Vaccination in the Punjab 1883-1896 - 1883-1896
Year: 1883
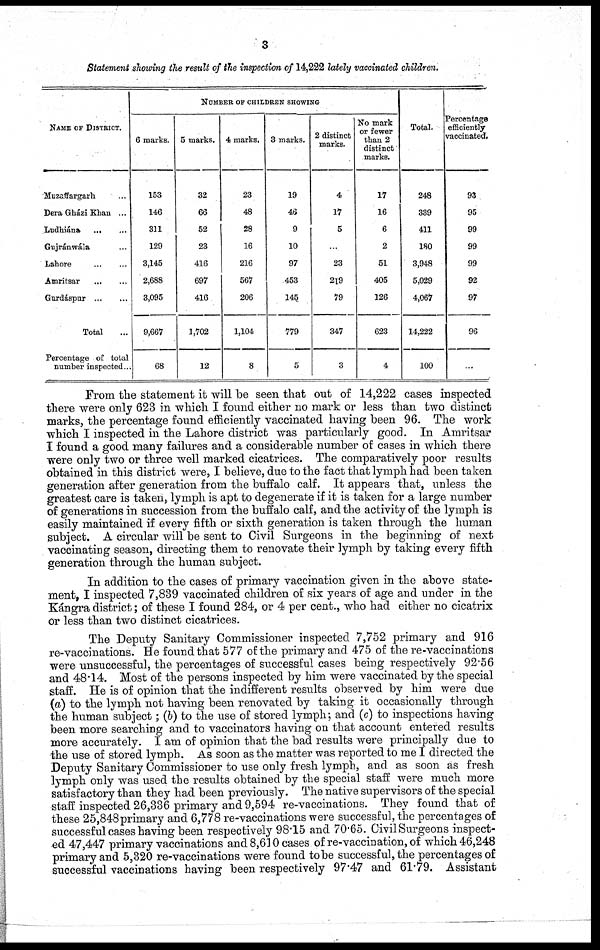
3
Statement showing the result of the inspection of 14,222 lately vaccinated children.
NAME OF DISTRICT.
Muzaffaragrh ...
Dera Gházi Khan ...
Ludhiána
...
...
Gujránwála ...
Lahore
...
...
Amritsar
...
...
Gurdáspur
...
...
Total ...
Percentage of total
number inspected ...
NUMBER OF CHILDREN SHOWING
6 marks.
153
146
311
129
3,145
2,688
3,095
9,667
68
5 marks.
32
66
52
23
416
697
416
1,702
12
4 marks.
23
48
28
16
216
567
206
1,104
8
3 marks.
19
46
9
10
97
453
145
779
5
2 distinct
marks.
4
17
5
...
23
219
79
347
3
No mark
or fewer
than 2
distinct
marks.
17
16
6
2
51
405
126
623
4
Total.
248
339
411
180
3,948
5,029
4,067
14,222
100
Percentage
efficiently
vaccinated.
93
95
99
99
99
92
97
96
...
From the statement it will be seen that out of 14,222 cases inspected
there were only 623 in which I found either no mark or less than two distinct
marks, the percentage found efficiently vaccinated having been 96. The work
which I inspected in the Lahore district was particularly good. In Amritsar
I found a good many failures and a considerable number of cases in which there
were only two or three well marked cicatrices. The comparatively poor results
obtained in this district were, I believe, due to the fact that lymph had been taken
generation after generation from the buffalo calf. It appears that, unless the
greatest care is taken, lymph is apt to degenerate if it is taken for a large number
of generations in succession from the buffalo calf, and the activity of the lymph is
easily maintained if every fifth or sixth generation is taken through the human
subject. A circular will be sent to Civil Surgeons in the beginning of next
vaccinating season, directing them to renovate their lymph by taking every fifth
generation through the human subject.
In addition to the cases of primary vaccination given in the above state-
ment, I inspected 7,839 vaccinated children of six years of age and under in the
Kángra district; of these I found 284, or 4 per cent., who had either no cicatrix
or less than two distinct cicatrices.
The Deputy Sanitary Commissioner inspected 7,752 primary and 916
re-vaccinations. He found that 577 of the primary and 475 of the re-vaccinations
were unsuccessful, the percentages of successful cases being respectively 92.56
and 48.14. Most of the persons inspected by him were vaccinated by the special
staff. He is of opinion that the indifferent results observed by him were due
(a) to the lymph not having been renovated by taking it occasionally through
the human subject; (b) to the use of stored lymph; and (c) to inspections having
been more searching and to vaccinators having on that account entered results
more accurately. I am of opinion that the bad results were principally due to
the use of stored lymph. As soon as the matter was reported to me I directed the
Deputy Sanitary Commissioner to use only fresh lymph, and as soon as fresh
lymph only was used the results obtained by the special staff were much more
satisfactory than they had been previously. The native supervisors of the special
staff inspected 26,336 primary and 9,594 re-vaccinations. They found that of
these 25,848 primary and 6,778 re-vaccinations were successful, the percentages of
successful cases having been respectively 98.15 and 70.65. Civil Surgeons inspect-
ed 47,447 primary vaccinations and 8,610 cases of re-vaccination, of which 46,248
primary and 5,320 re-vaccinations were found to be successful, the percentages of
successful vaccinations having been respectively 97.47 and 61.79. Assistant